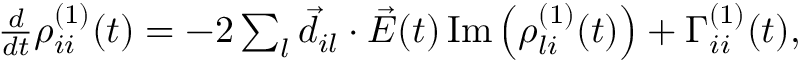
\begin{array} { r } { \frac { d } { d t } \rho _ { i i } ^ { ( 1 ) } ( t ) = - 2 \sum _ { l } \vec { d } _ { i l } \cdot \vec { E } ( t ) \, \mathrm { I m } \left( \rho _ { l i } ^ { ( 1 ) } ( t ) \right) + \Gamma _ { i i } ^ { ( 1 ) } ( t ) , } \end{array}